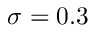
\sigma = 0 . 3